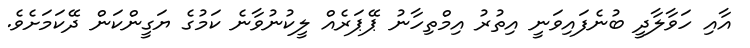
އާއި ހަވާލާދީ ބުނެފައިވަނީ އިތުރު އިމްތިހާނު ޕޭޕަރެއް ލީކުނުވާނެ ކަމުގެ ޔަގީންކަން ދޭކަމަށެވެ.